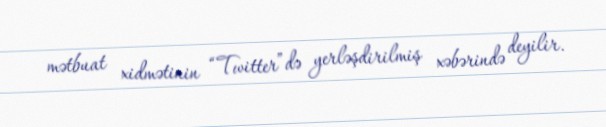
mətbuat xidmətinin “Twitter”də yerləşdirilmiş xəbərində deyilir.